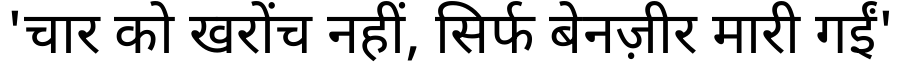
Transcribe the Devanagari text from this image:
'चार को खरोंच नहीं, सिर्फ बेनज़ीर मारी गईं'